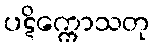
ပဋိက္ကောသတု